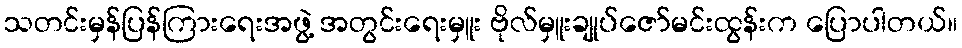
သတင်းမှန်ပြန်ကြားရေးအဖွဲ့ အတွင်းရေးမှူး ဗိုလ်မှူးချုပ်ဇော်မင်းထွန်းက ပြောပါတယ်။